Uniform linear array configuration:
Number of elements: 4
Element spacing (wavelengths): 0.75
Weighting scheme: binomial
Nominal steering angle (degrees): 0
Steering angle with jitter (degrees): -0.05053
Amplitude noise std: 0.05
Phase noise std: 0.05

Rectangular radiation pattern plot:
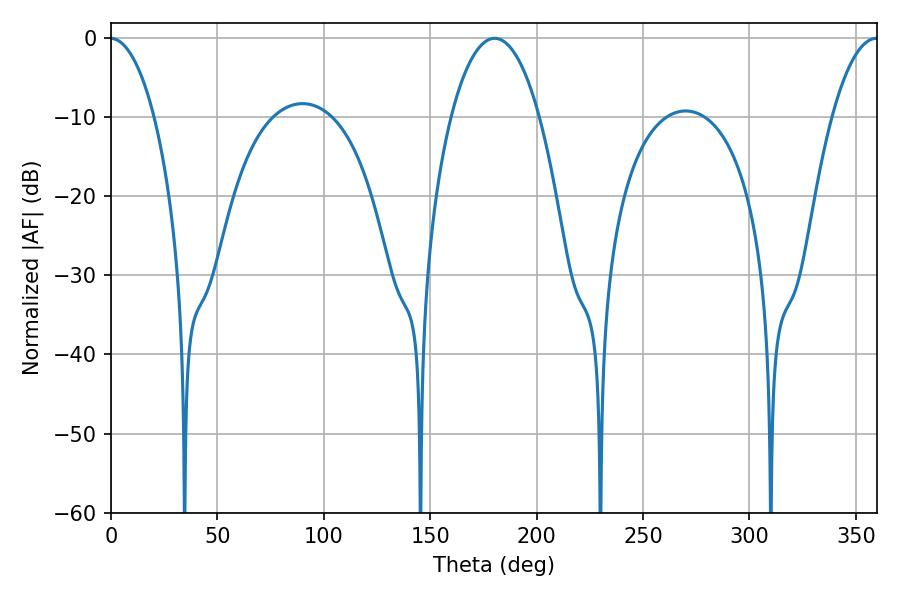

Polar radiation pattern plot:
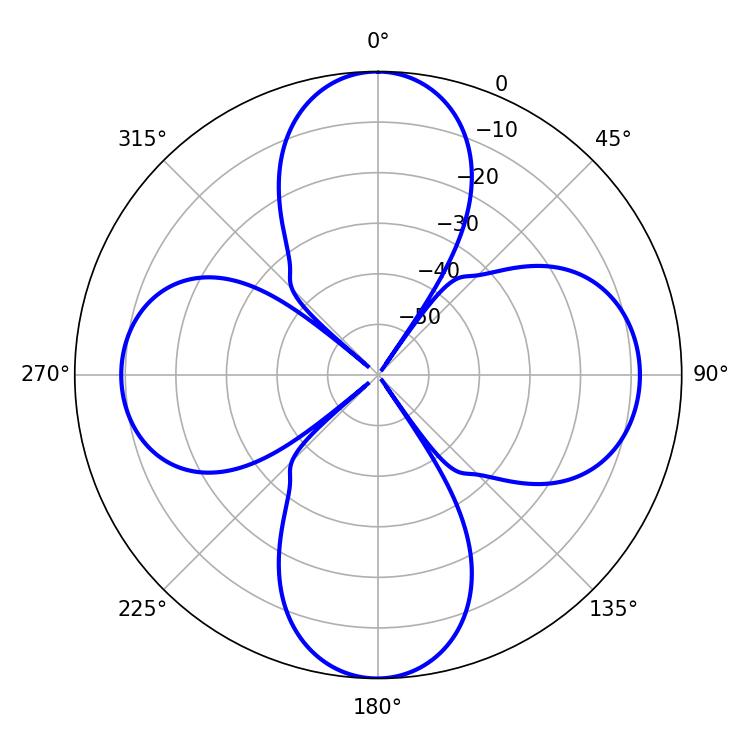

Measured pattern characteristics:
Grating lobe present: TRUE
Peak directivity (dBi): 20.817
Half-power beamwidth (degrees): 23.22
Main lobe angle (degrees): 180.36